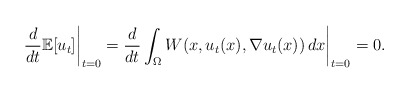
\begin{align*} \frac{d}{dt} \mathbb{E}[u_t] \bigg|_{t=0} = \frac{d}{dt} \int_\Omega W(x, u_t(x), \nabla u_t(x)) \, dx \bigg|_{t=0} =0. \end{align*}